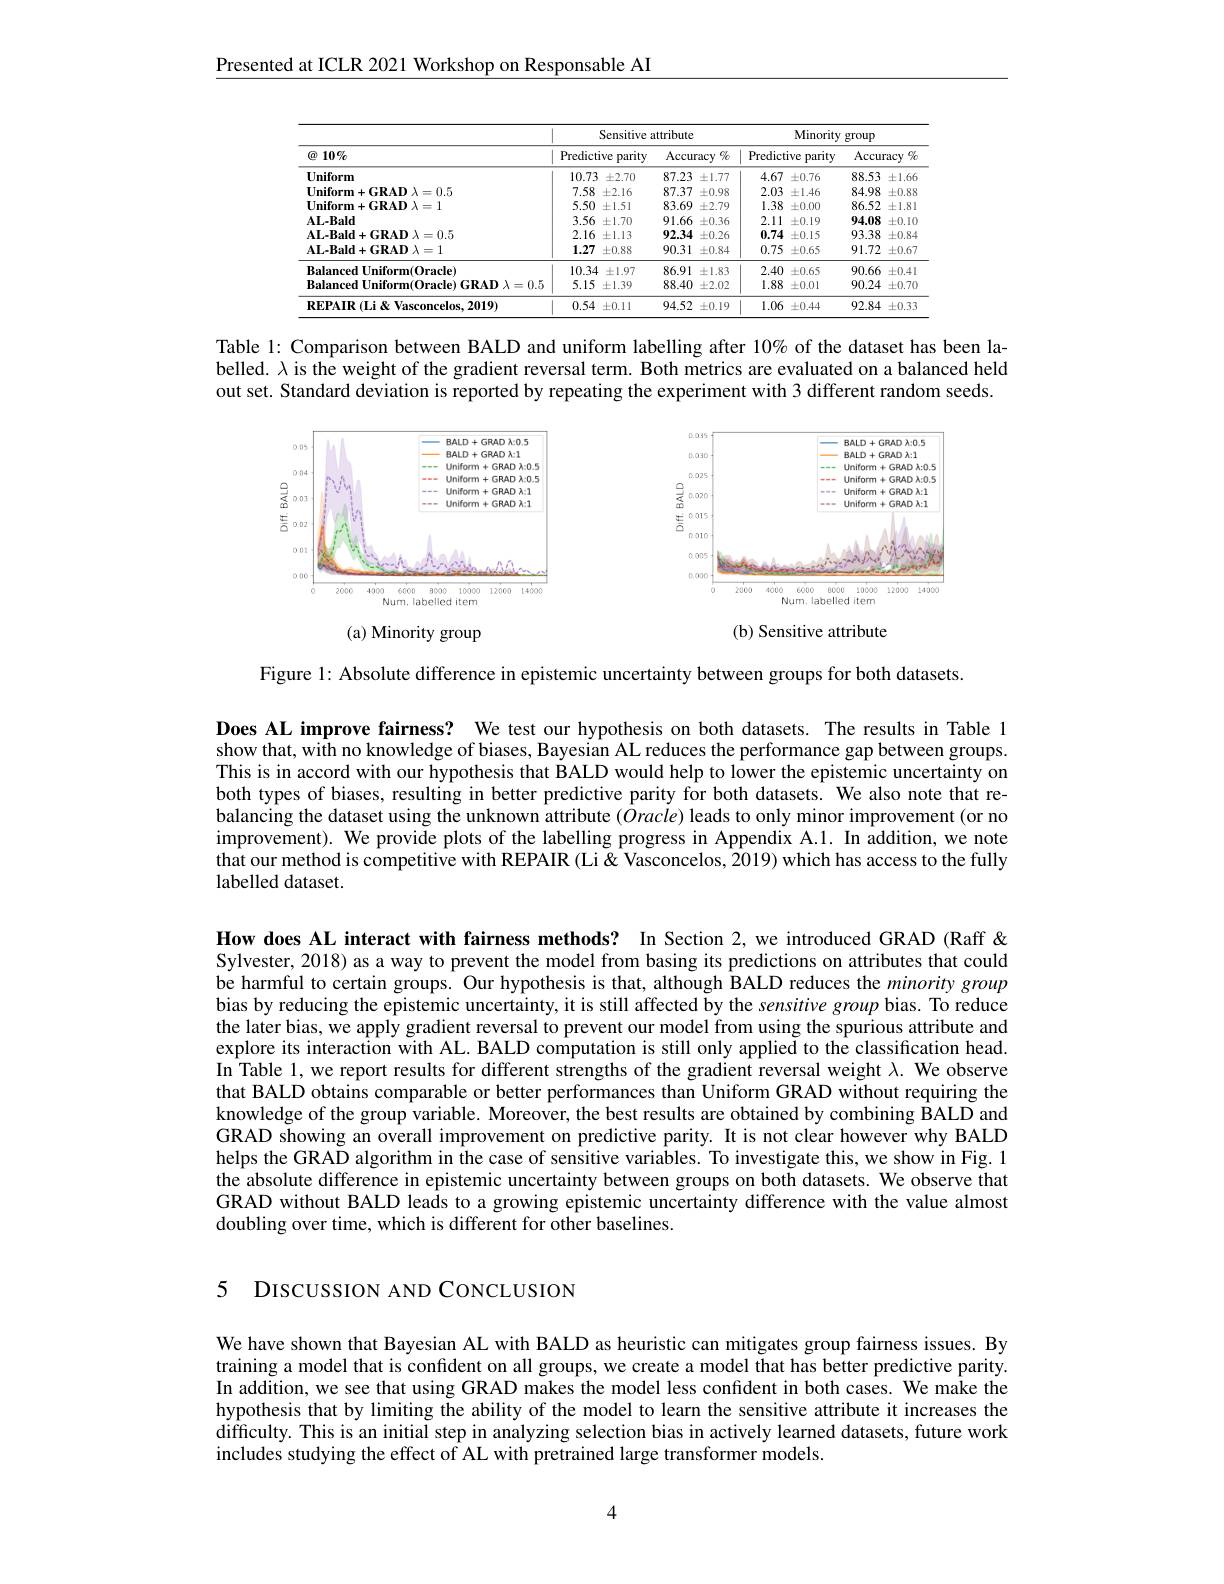
Presented at ICLR 2021 Workshop on Responsable AI

<table>
	<tbody>
		<tr>
			<th rowspan="3">$\textcircled{a}$ $=\frac{1}{2}$ $10\%$ Iniforn</th>
			<th colspan="4">Sensitive attribute</th>
			<th colspan="4">Minority group</th>
		</tr>
		<tr>
			<th>Predictive</th>
			<th>parity</th>
			<th colspan="2">Accuracy $g_{C}$</th>
			<th>Predic</th>
			<th>ztive parity</th>
			<th colspan="2">Accuracy $C_{x}^{r}$</th>
		</tr>
		<tr>
			<th>10.73 $\pm z^{\prime}$</th>
			<th>:2.70</th>
			<th>87.23</th>
			<th>$\pm1.77$</th>
			<th>4.67</th>
			<th>7 $\pm0.76$</th>
			<th>88.53</th>
			<th>$\pm1.6\epsilon$</th>
		</tr>
		<tr>
			<td>=0.5 二</td>
			<td>7.58 $\pm2$</td>
			<td>2.16</td>
			<td>87.37</td>
			<td>$\pm0.98$</td>
			<td>2.03</td>
			<td>3 $\pm1.46$</td>
			<td>84.98</td>
			<td>$\pm0.88$</td>
		</tr>
		<tr>
			<td>$\iota=1$ TI 1</td>
			<td>5.50 $\pm1$</td>
			<td>1.51</td>
			<td>83.69</td>
			<td>$\pm2.79$</td>
			<td>1.38</td>
			<td>8 $\pm0.00$</td>
			<td>86.52</td>
			<td>$\pm1.8$I</td>
		</tr>
		<tr>
			<td>${\mathrm{L-Bald}}$</td>
			<td>3.56 士1</td>
			<td>1.70</td>
			<td>91.66</td>
			<td>$\pm0.36$</td>
			<td>2.11</td>
			<td>1 $\pm0.19$</td>
			<td>94.08</td>
			<td>$\pm0.1$</td>
		</tr>
		<tr>
			<td>=0.5</td>
			<td>2.16 士1</td>
			<td>1.13</td>
			<td>92.34</td>
			<td>$\pm0.26$</td>
			<td>0.74</td>
			<td>4 士0.15</td>
			<td>93.38</td>
			<td>$\pm0.84$</td>
		</tr>
		<tr>
			<td>$\mathbf{AL-Bald}+\mathbf{GRAD}\lambda=1$</td>
			<td>1.27 $\pm0$</td>
			<td>0.88</td>
			<td>90.31</td>
			<td>$\pm0.84$</td>
			<td>0.75</td>
			<td>5 $\pm0.65$</td>
			<td>91.72</td>
			<td>$\pm0.67$</td>
		</tr>
		<tr>
			<td>Balanced Uniform(Oracle)</td>
			<td>10.34 土</td>
			<td>1.97</td>
			<td>86.91</td>
			<td>$\pm1.83$</td>
			<td>2.40</td>
			<td>10 $\pm0.65$</td>
			<td>90.66</td>
			<td>$\pm0.41$</td>
		</tr>
		<tr>
			<td>$\mathbf{Balanced}$Uniform(Oracle) GRAD $\lambda=0.5$</td>
			<td>5.15 $\pm1$</td>
			<td>1.39</td>
			<td>88.40</td>
			<td>$\pm2.02$</td>
			<td>1.88</td>
			<td>8 $\pm0.01$</td>
			<td>90.24</td>
			<td>$\pm0.7($</td>
		</tr>
		<tr>
			<td>$\mathbf{REPAIR}($Li&Vasconcelos,2019)</td>
			<td>0.54 $\pm0$</td>
			<td>0.11</td>
			<td>94.52</td>
			<td>$\pm0.19$</td>
			<td>1.06</td>
			<td>6 $\pm0.44$</td>
			<td>92.84</td>
			<td>$\pm0.3.7$</td>
		</tr>
	</tbody>
</table>

Table 1: Comparison between BALD and uniform labelling after 10% of the dataset has been labelled. $\lambda$ is the weight of the gradient reversal term. Both metrics are evaluated on a balanced held out set. Standard deviation is reported by repeating the experiment with 3 different random seeds.

<FigureHere>

<FigureHere>
(a) Minority group

(b) Sensitive attribute

Figure 1: Absolute difference in epistemic uncertainty between groups for both datasets.

Does AL improve fairness? We test our hypothesis on both datasets. The results in Table
show that, with no knowledge of biases, Bayesian AL reduces the performance gap between groups. This is in accord with our hypothesis that BALD would help to lower the epistemic uncertainty on both types of biases, resulting in better predictive parity for both datasets. We also note that rebalancing the dataset using the unknown attribute $(\bar{O}racle)$ leads to only minor improvement (or no improvement). We provide plots of the labelling progress in Appendix A.1. In addition, we note that our method is competitive with REPAIR (Li&Vasconcelos, 2019) which has access to the fully labelled dataset.

How does AL interact with fairness methods? In Section 2, we introduced GRAD (Raff & Sylvester, 2018) as a way to prevent the model from basing its predictions on attributes that could be harmful to certain groups. Our hypothesis is that, although BALD reduces the minority group bias by reducing the epistemic uncertainty, it is still affected by the sensitive group bias. To reduce the later bias, we apply gradient reversal to prevent our model from using the spurious attribute and explore its interaction with AL. BALD computation is still only applied to the classification head In Table 1, we report results for different strengths of the gradient reversal weight $\lambda.$ We observe that BALD obtains comparable or better performances than Uniform GRAD without requiring the knowledge of the group variable. Moreover, the best results are obtained by combining BALD and GRAD showing an overall improvement on predictive parity. It is not clear however why BALD helps the GRAD algorithm in the case of sensitive variables. To investigate this, we show in Fig. 1 the absolute difference in epistemic uncertainty between groups on both datasets. We observe that GRAD without BALD leads to a growing epistemic uncertainty difference with the value almost doubling over time, which is different for other baselines.

5 DISCUSSION AND CONCLUSION

We have shown that Bayesian AL with BALD as heuristic can mitigates group fairness issues. By training a model that is confident on all groups, we create a model that has better predictive parity. In addition, we see that using GRAD makes the model less confident in both cases. We make the hypothesis that by limiting the ability of the model to learn the sensitive attribute it increases the difficulty. This is an initial step in analyzing selection bias in actively learned datasets, future work includes studying the effect of AL with pretrained large transformer models.

4